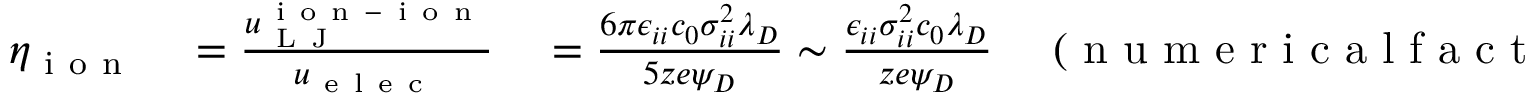
\begin{array} { r l } { \eta _ { \mathrm { ~ i ~ o ~ n ~ } } } & { { } = \frac { u _ { \mathrm { ~ L ~ J ~ } } ^ { \mathrm { ~ i ~ o ~ n ~ - ~ i ~ o ~ n ~ } } } { u _ { \mathrm { ~ e ~ l ~ e ~ c ~ } } } \quad = \frac { 6 \pi \epsilon _ { i i } c _ { 0 } \sigma _ { i i } ^ { 2 } \lambda _ { D } } { 5 z e \psi _ { D } } \sim \frac { \epsilon _ { i i } \sigma _ { i i } ^ { 2 } c _ { 0 } \lambda _ { D } } { z e \psi _ { D } } \quad \mathrm { ~ ( ~ n ~ u ~ m ~ e ~ r ~ i ~ c ~ a ~ l ~ f ~ a ~ c ~ t ~ o ~ r ~ s ~ r ~ e ~ m ~ o ~ v ~ e ~ d ~ ) ~ } } \end{array}